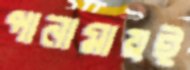
পানামায়ই